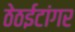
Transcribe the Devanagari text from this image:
ठेठईटांगर